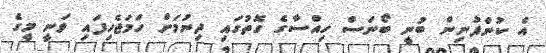
އެ ކުންފުނިން ބުނީ ބޯނަސް ހިއްސާގެ ގޮތުގައި ދިނުމަށް ހަމަޖެހިފައި ވަނީ މީގެ